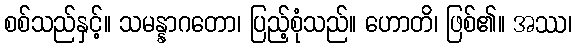
စစ်သည်နှင့်။ သမန္နာဂတော၊ ပြည့်စုံသည်။ ဟောတိ၊ ဖြစ်၏။ အဿ၊